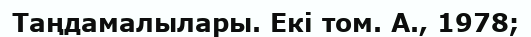
Таңдамалылары. Екі том. А., 1978;